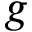
g